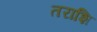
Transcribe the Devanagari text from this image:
तराशि